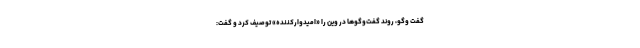
گفت وگو، روند گفت‌وگوها در وین را «امیدوارکننده» توصیف کرد و گفت: